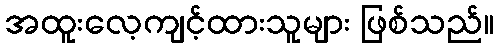
အထူးလေ့ကျင့်ထားသူများ ဖြစ်သည်။